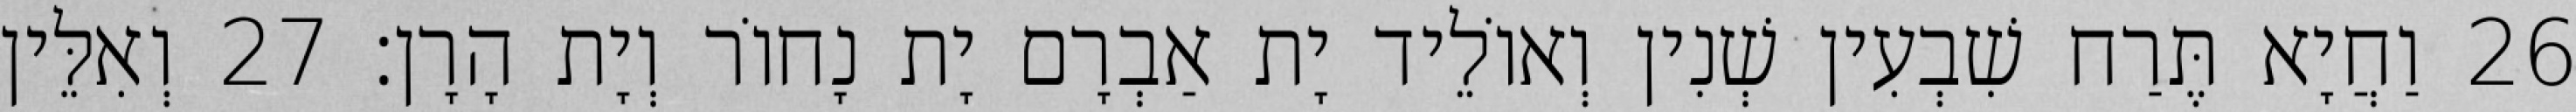
26 וַחֲיָא תֶּרַח שִׁבְעִין שְׁנִין וְאוֹלֵיד יָת אַבְרָם יָת נָחוֹר וְיָת הָרָן׃ 27 וְאִלֵּין